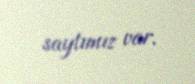
saytımız var.